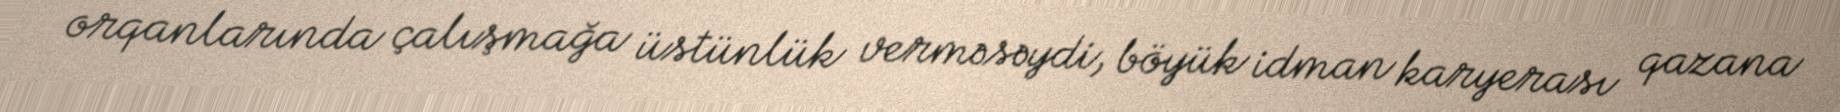
orqanlarında çalışmağa üstünlük verməsəydi, böyük idman karyerası qazana